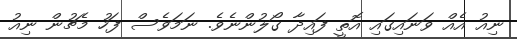
ނިއު އެއް ވަނައިގައި އޮތީ ފައިދާ ގޯލުންނެވެ. ނަމަވެސް ފަހު މެޗުން ނިއު